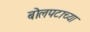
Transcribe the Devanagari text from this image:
बोलपटाच्या